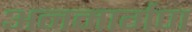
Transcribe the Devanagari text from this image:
अनमार्गण